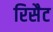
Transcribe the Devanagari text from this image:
रिसैट